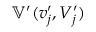
\mathbb { V } ^ { \prime } ( v _ { j } ^ { \prime } , V _ { j } ^ { \prime } )